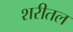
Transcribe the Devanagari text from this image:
शरीतल